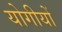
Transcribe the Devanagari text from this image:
योगीयों